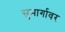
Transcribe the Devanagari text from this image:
सुमार्गावर